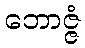
ဘောဇ္ဇံ